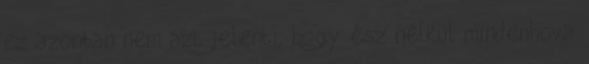
ez azonban nem azt jelenti, hogy ész nélkül mindenhova